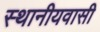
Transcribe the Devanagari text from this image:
स्थानीयवासी